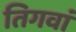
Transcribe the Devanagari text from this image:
तिगवां